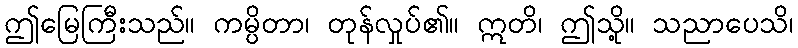
ဤမြေကြီးသည်။ ကမ္ပိတာ၊ တုန်လှုပ်၏။ ဣတိ၊ ဤသို့။ သညာပေသိ၊